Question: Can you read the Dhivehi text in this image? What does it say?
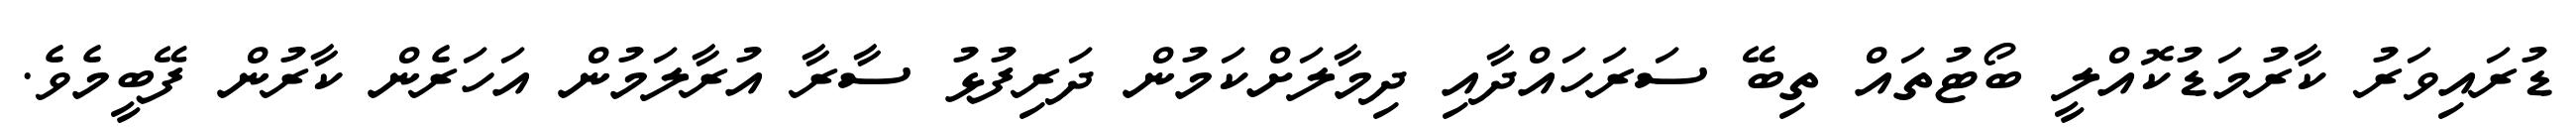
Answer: ޑުރައިވަރު ކާރުމަޑުކޮއްލީ ބޯޓުތައް ތިބޭ ސަރަހައްދާއި ދިމާލަށްކަމުން ދަރިފުޅު ސާރާ އުރާލަމުން އަހަރެން ކާރުން ފޭބީމެވެ.